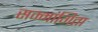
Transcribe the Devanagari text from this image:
सम्मांगिता